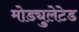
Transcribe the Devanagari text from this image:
मोड्युलेटेड